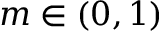
m \in ( 0 , 1 )